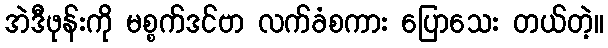
အဲဒီဖုန်းကို မစ္စက်ဒင်ဗာ လက်ခံစကား ပြောသေး တယ်တဲ့။